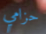
حزامي